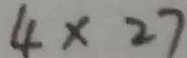
4 \times 2 7